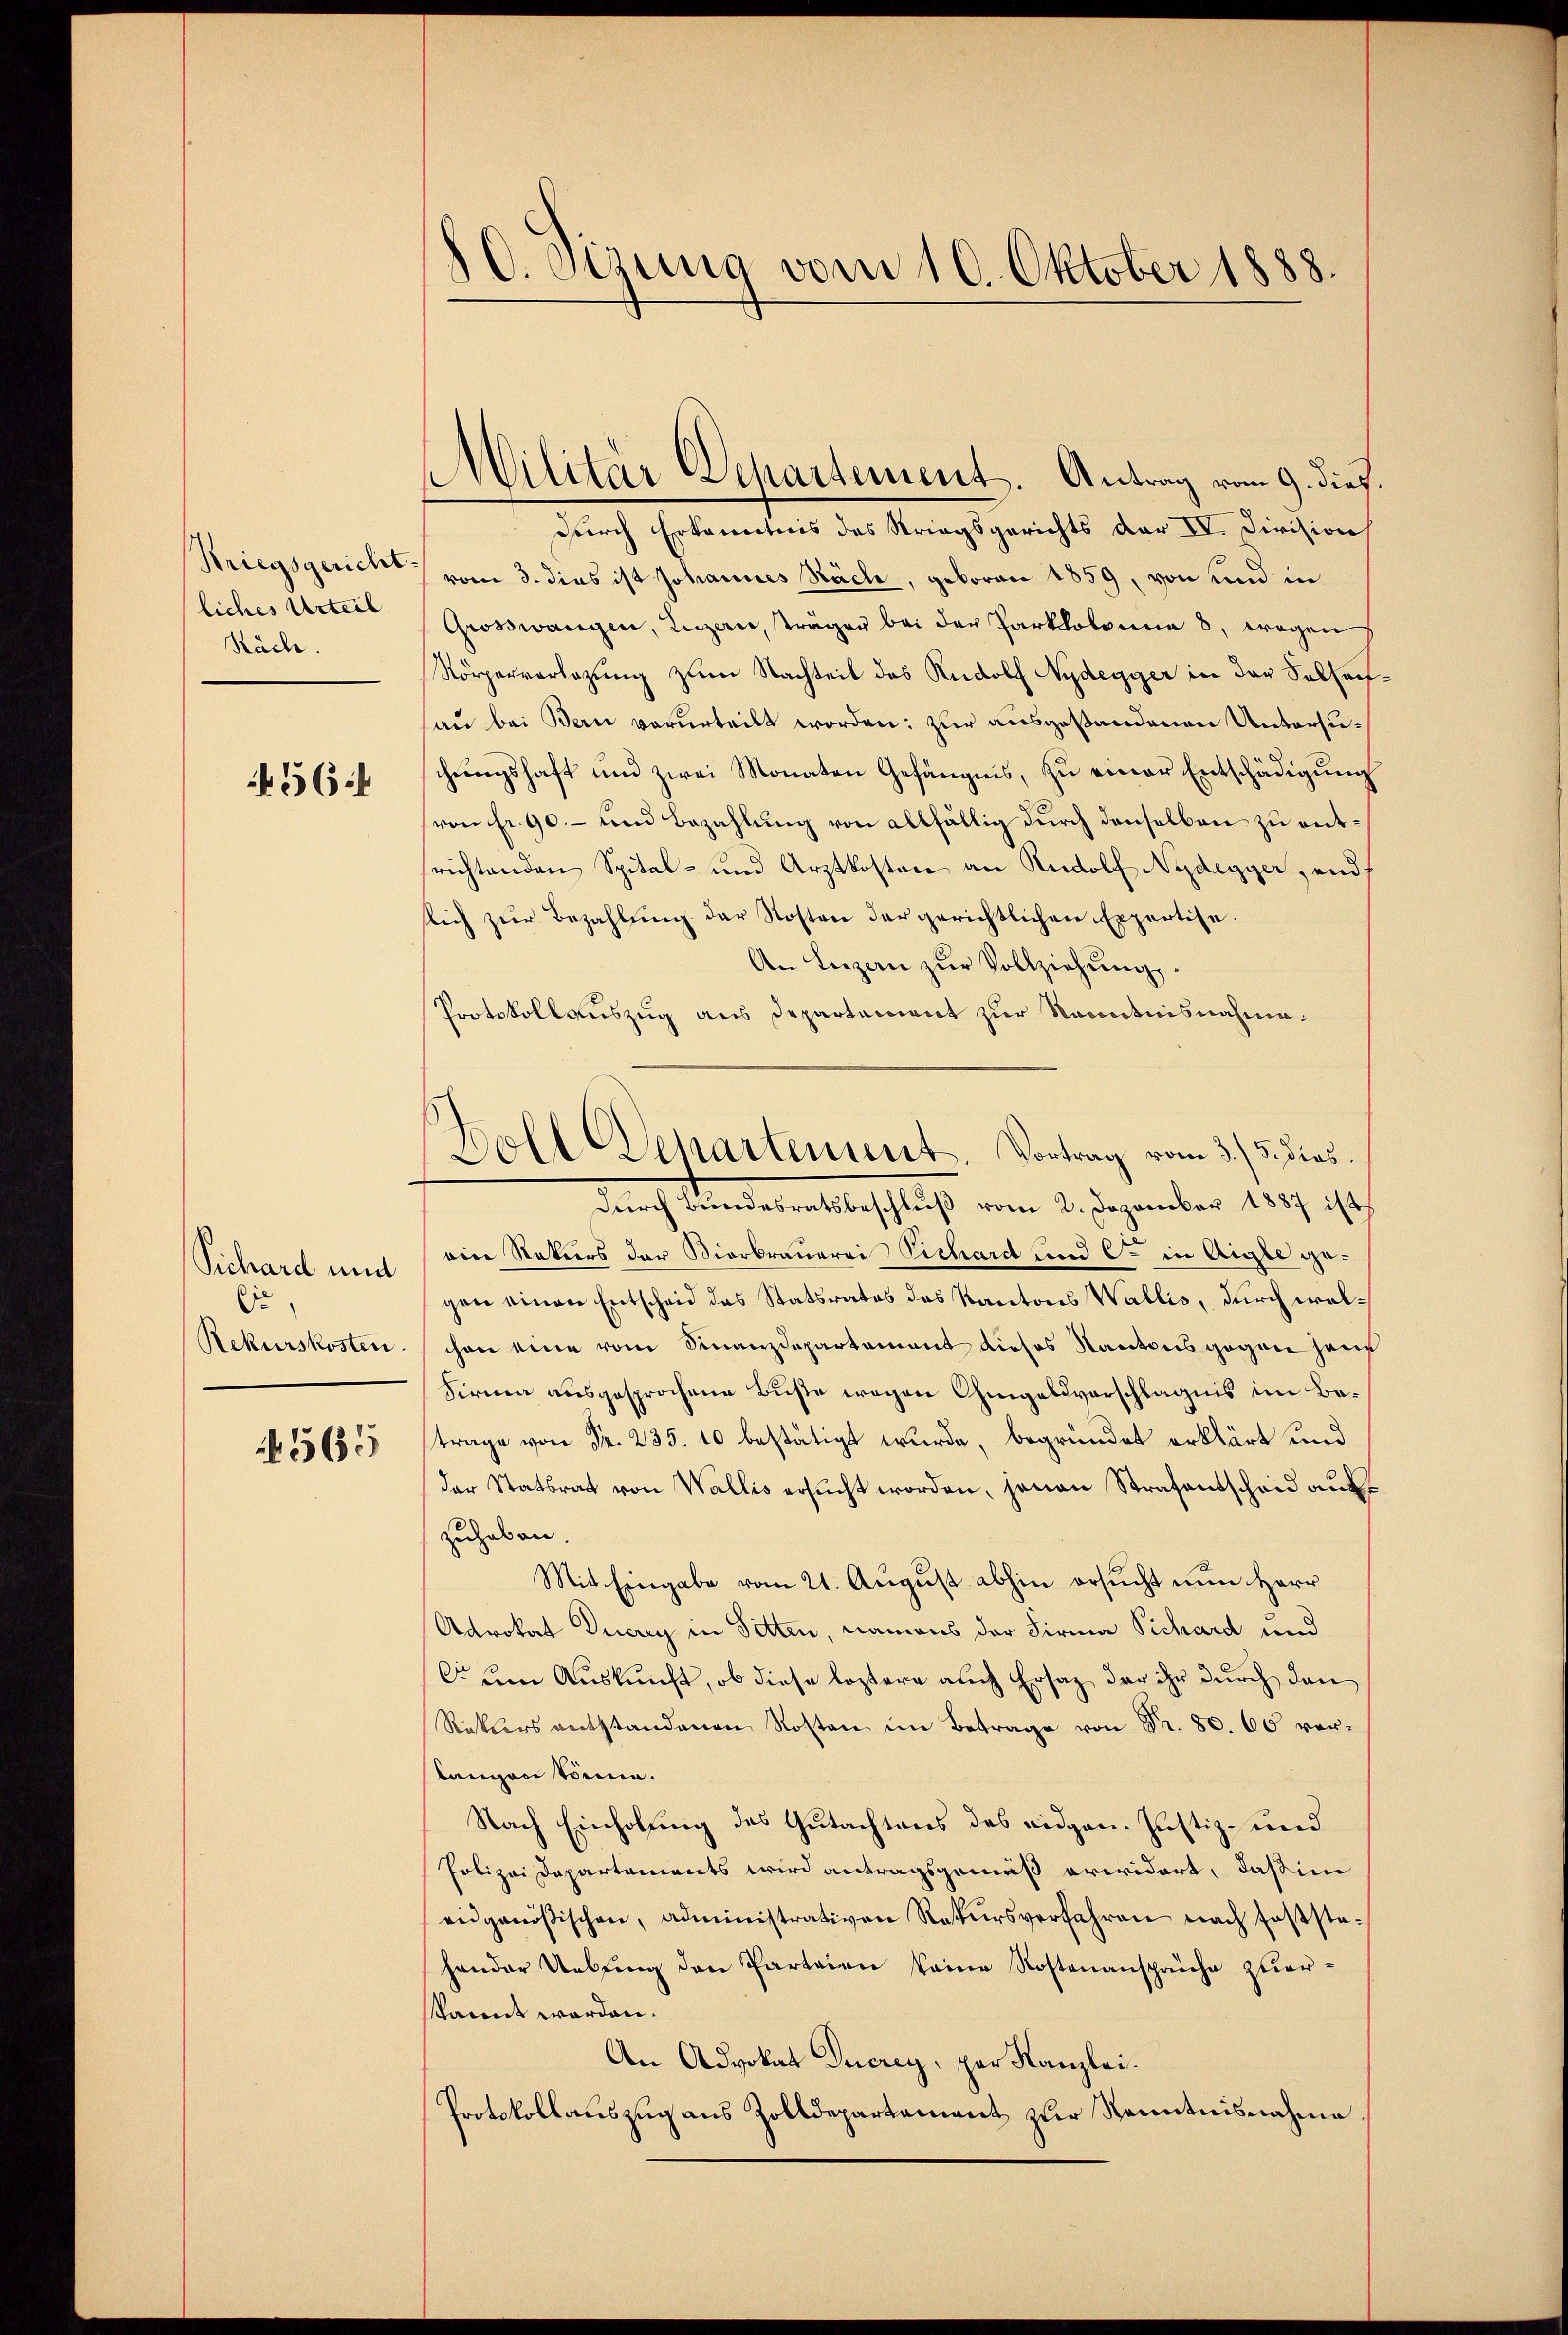
liches Urteil
Küche.
564

Suchard und
Er
Rekurskosten.

565

§ C. Sizung vom 10. Oktober 1888.

Militär Departement. Antrag vom 9. dieß.

durch Erkanntnis des Striegsgerichts dar IV. Division
Kriegsgericht vom 3. dies ist Johannes Näch, geboren 1859, von und in
Grosswangen, Luzern, träger bei der Parkkolonia 8, wegen
Körperverlegung zum Nachteil des Rudolf Nydegger in der Sollechau bei Bern verurteilt worden; zur ausgestandenen Untersuschŭngshaft und zwei Monaten Gefängnis, zŭ einer Entschädigŭng
von fr. 90 - und Bezahlung von allfällig durch denselben zu entrichtenden Spital- und Arztkosten an Rudolf Nydegger, und
slich zŭr Bezahlung der Kosten der gerichtlichen Expertise
An Luzern zŭr Vollziehŭng.
Protokollauszug aus Departement zur Kenntnisnahmedurch Bundesratsbeschluß vom 2. Dezember 1887 ist
eine Rekurs der Vierbrauerei Pichard und C. in Aigle gegen einen Entscheid des Statsrates des Kantons Wallis, durch welchon eine vom Finanzdepartement dieses Kantons gegen hauf
Firma ausgesprochene Büste wegen Chingelsvorschlagnis im Betrage von Fr. 235. 10 bestätigt wurde, begründet erklärt und
der Statsrat von Wallis ersŭcht worden, jenen Strafentscheid auszuhaben.
Mit Eingabe vom 21. August abhin ersucht nun Herr
Adrokat Ducrey in Sitten, namens der Firma Sichard und
C dem Auskunft, ob diese leztere auch Ersatz der ihr durch den
Rektors entstandenen Kosten im Betrage von Fr. 80. 60 vorslangen könne.
Nach Einholung des Gutachtens des eidgen. Justiz- und
Polizei Departements wird antragsgemäß erwidert, daß im
eidgenößischen, administrativen Rekursverfahren nach fasste-
hander Uebŭng den Parteien keine Kostenansprüche zueraret worden.
An Advokat Inerey, par Kanzlei.
Protokollauszug aus Zolldepartement zur Kenntnisnahme,

.
Dold Departement. Vortrag vom 3. 5. dies